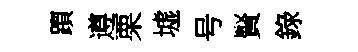
躓遵栗墟号賢錄